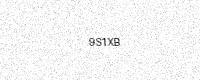
Text: 9S1XB